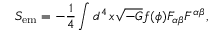
S _ { \mathrm { e m } } = - \frac { 1 } { 4 } \int d ^ { 4 } \, x \sqrt { - G } f ( \phi ) F _ { \alpha \beta } F ^ { \alpha \beta } ,